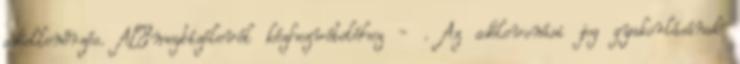
adóellenőrzés. A·megbízólevél kézhezvételéhez - . Az adólevonási jog gyakorlásának